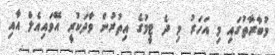
މުބާރާތުގައި މި އަހަރު މި ދެ ޓީމުގެ އިތުރުން ވާދަކުރީ އޭވައިއެލް އާއި